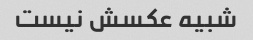
شبیه عکسش نیست